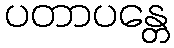
ပတာပန္တေ